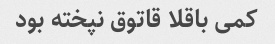
کمی باقلا قاتوق نپخته بود